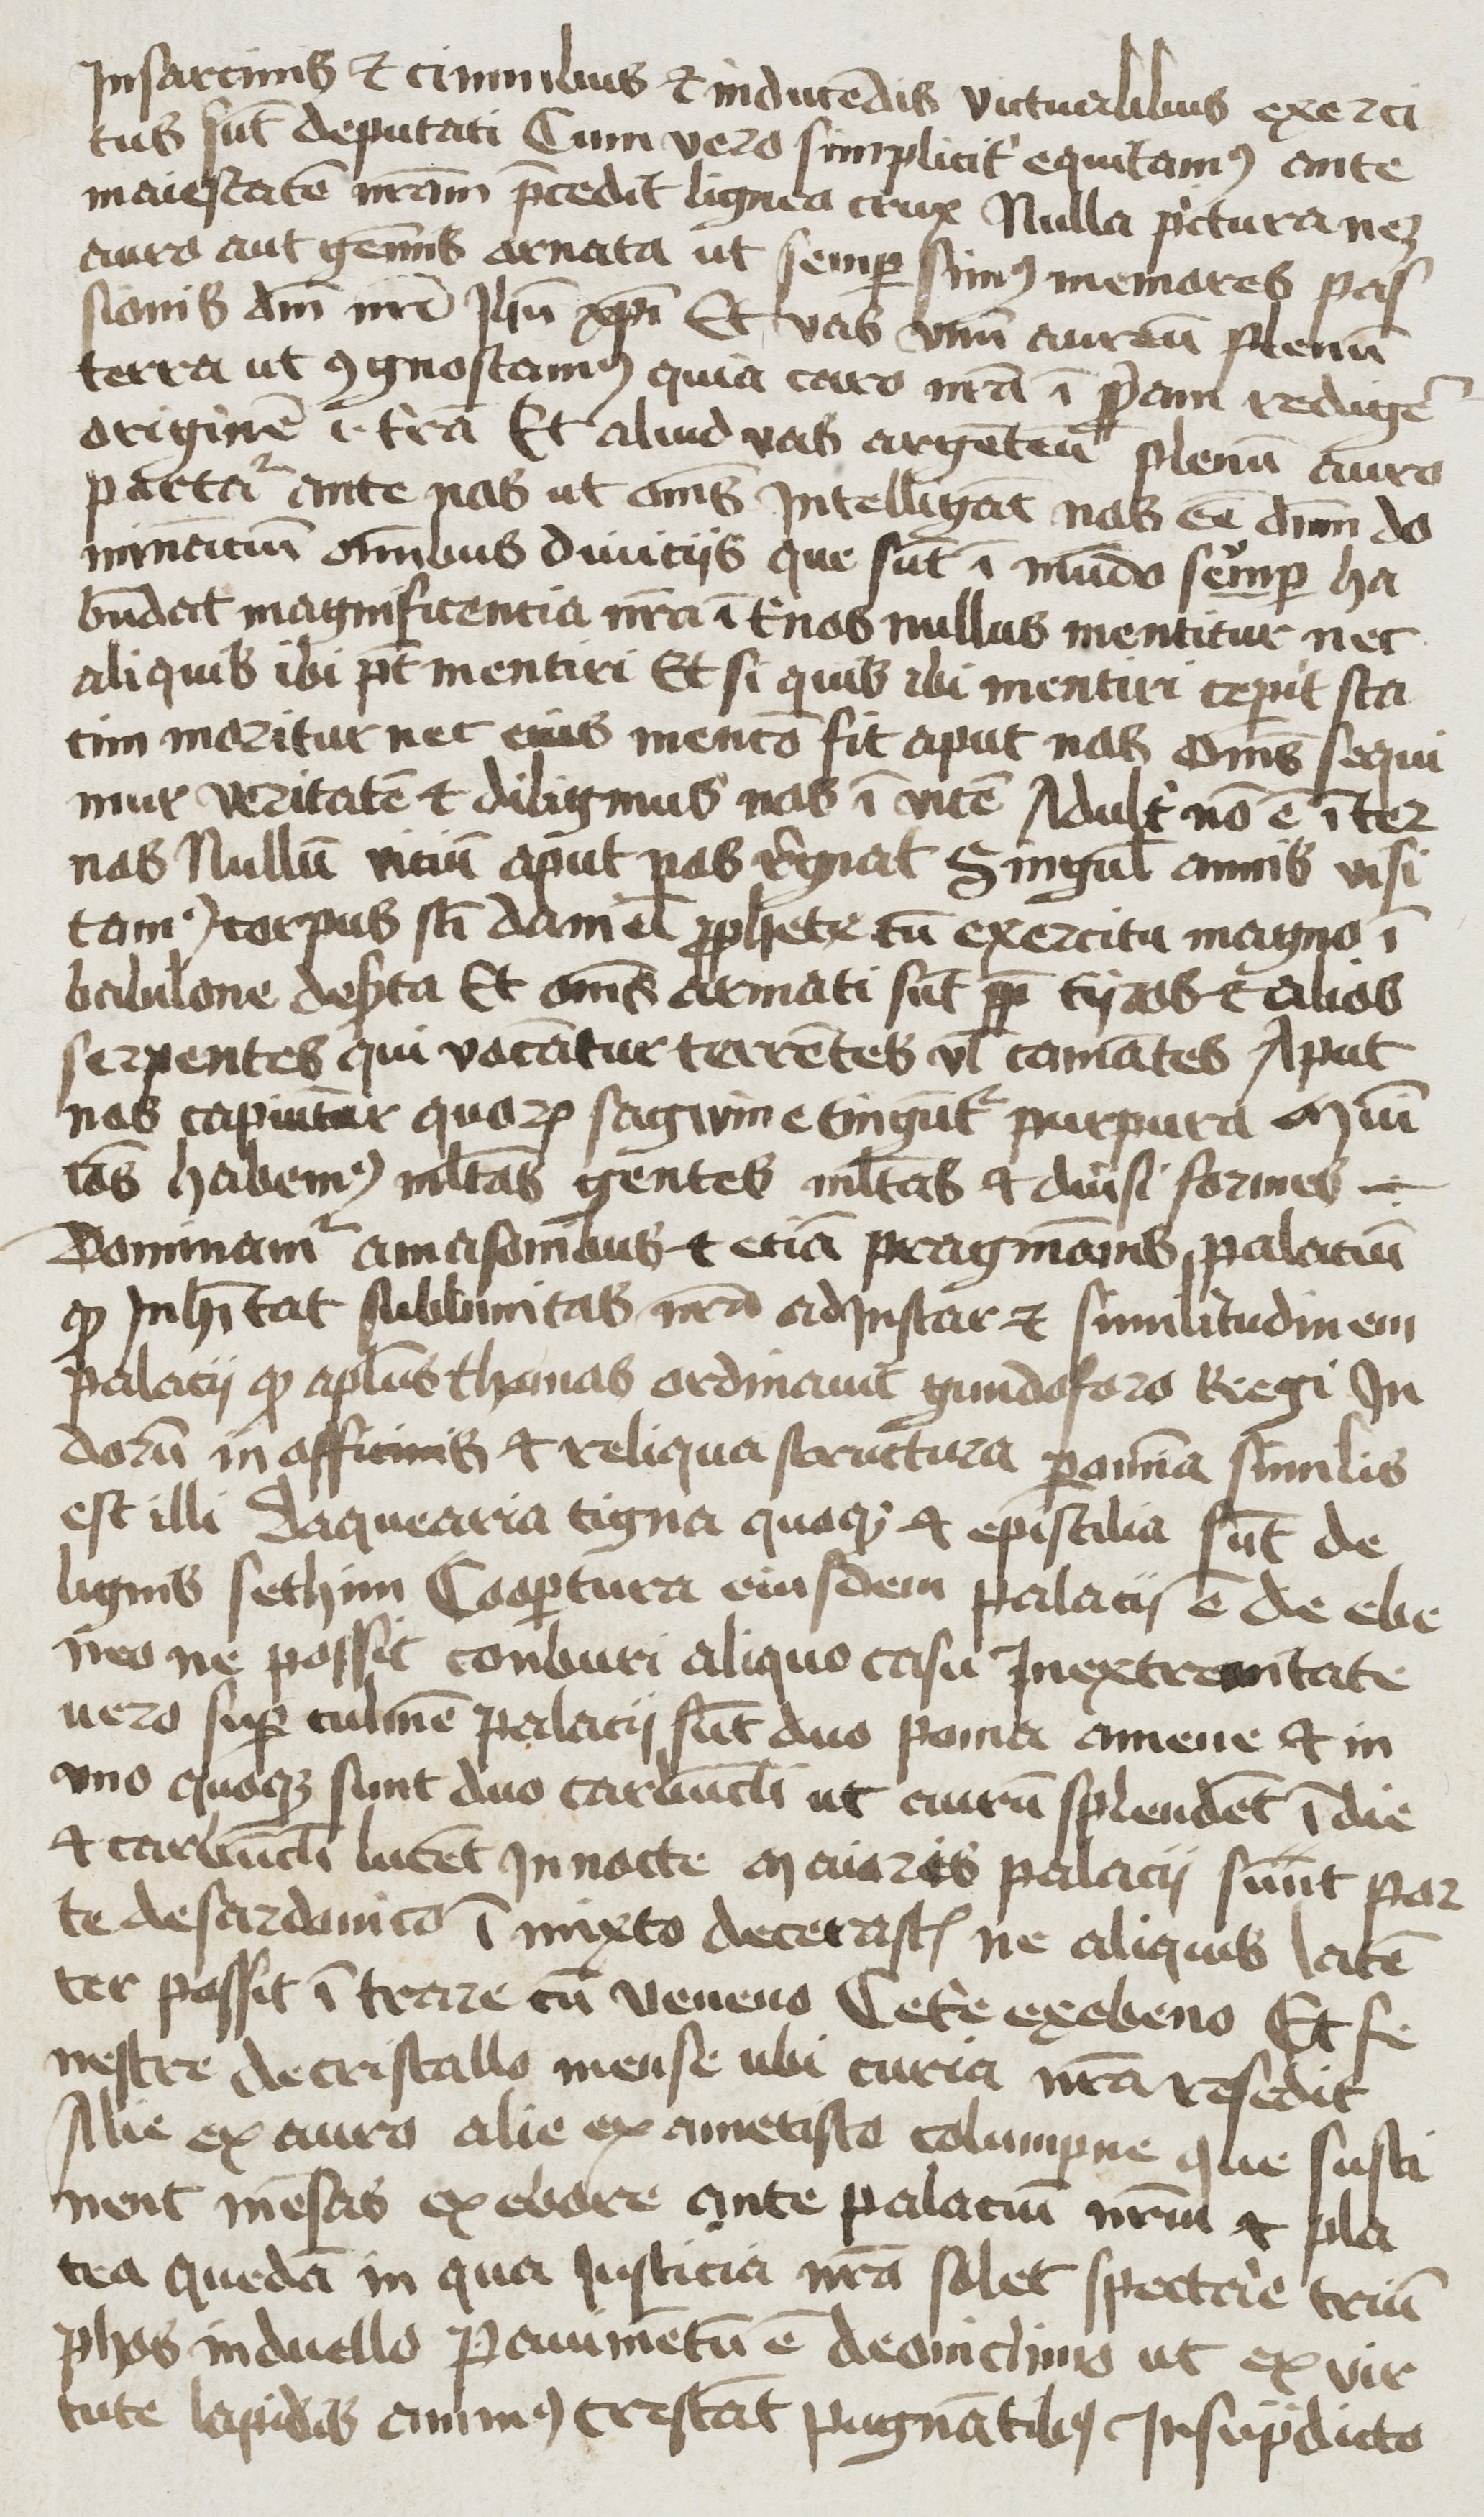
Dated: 1400–1499